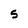
Character: 5